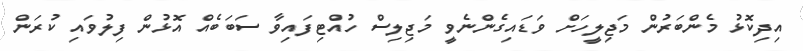
އިދިކޮޅު މެންބަރުން މަޖިލީހަށް ވަޑައިގެންނެވީ މަޖިލިސް ހުއްޓިފައިވާ ސަބަބެއް އޮޅުން ފިލުވައި ކުރަން